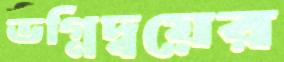
ভগ্নিদ্বয়ের